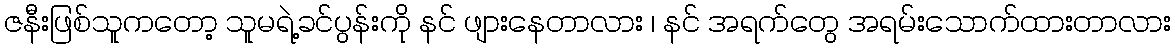
ဇနီးဖြစ်သူကတော့ သူမရဲ့ခင်ပွန်းကို နင် ဖျားနေတာလား ၊ နင် အရက်တွေ အရမ်းသောက်ထားတာလား